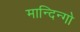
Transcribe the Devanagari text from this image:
मान्दिन्गो